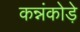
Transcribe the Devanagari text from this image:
कन्नंकोड़े